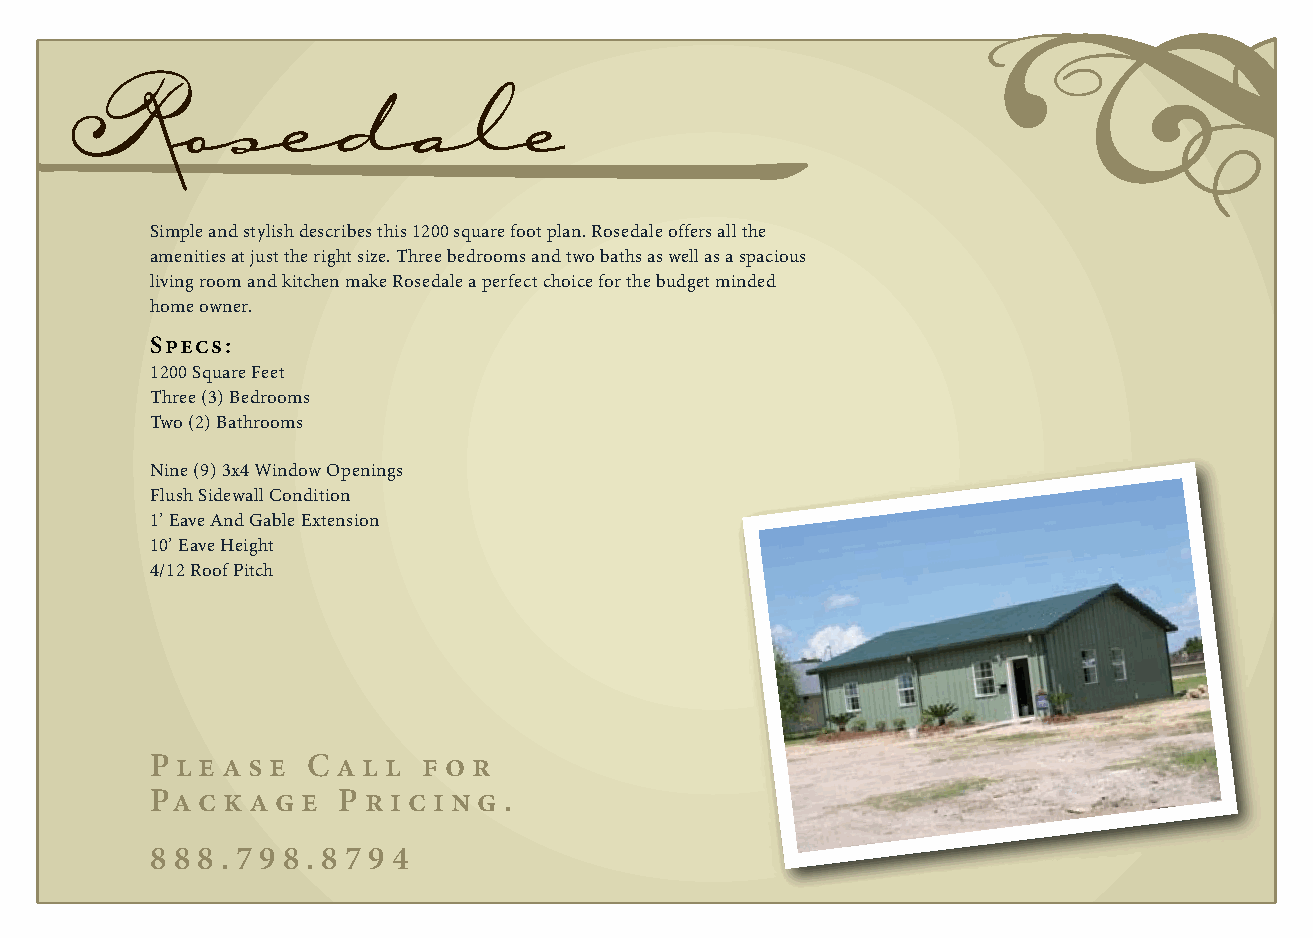
Rosedale
 Simple and stylish describes this 1200 square foot plan. Rosedale offers all the
 amenities at just the right size. Three bedrooms and two baths as well as a spacious
 living room and kitchen make Rosedale a perfect choice for the budget minded
 home owner.
 Specs:
 1200 Square Feet
 Three (3) Bedrooms
 Two (2) Bathrooms
 Nine (9) 3x4 Window Openings
 Flush Sidewall Condition
 1’ Eave And Gable Extension
 10’ Eave Height
 4/12 Roof Pitch
 P l e as e C a l l f o r
 Pac  kag  e P ri c i n g .
 8 8 8 . 7 9 8 . 8 7 9 4